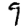
Digit: 9